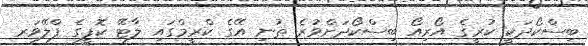
ބިސްކޯދަކީ ކުރީގެ އޯރިއޯ ބިސްކޯދަށްވުރެ ތުނި އޭގެ ކްރީމްގައި ލާޓޭ ކޮފީގެ ފްލޭވަރ